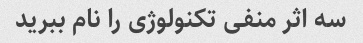
سه اثر منفی تکنولوژی را نام ببرید